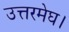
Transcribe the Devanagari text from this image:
उत्तरमेघ।